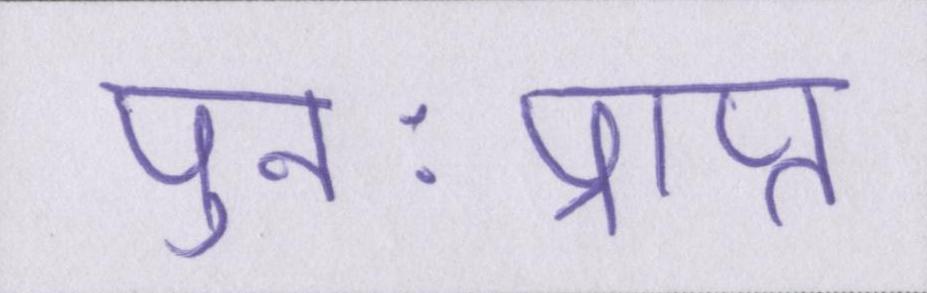
पुनःप्राप्त